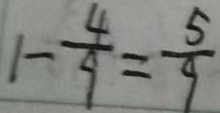
1 - \frac { 4 } { 9 } = \frac { 5 } { 9 }